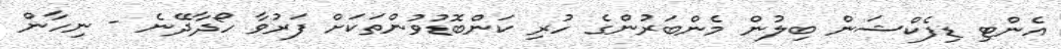
އެންޓި ޑިފެކްޝަން ބިލުން މެންބަރުންގެ ހުރި ކަންބޮޑުވުންތަކަށް ފަރުވާ ހޯދާދޭނެ - ނިހާން